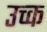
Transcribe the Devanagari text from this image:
उच्क